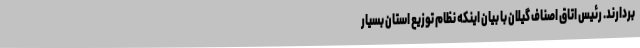
بردارند. رئیس اتاق اصناف گیلان با بیان اینکه نظام توزیع استان بسیار